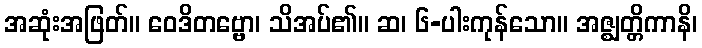
အဆုံးအဖြတ်။ ဝေဒိတဗ္ဗော၊ သိအပ်၏။ ဆ၊ ၆-ပါးကုန်သော။ အဇ္ဈတ္တိကာနိ၊